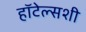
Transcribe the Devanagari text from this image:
हॉटेल्सशी